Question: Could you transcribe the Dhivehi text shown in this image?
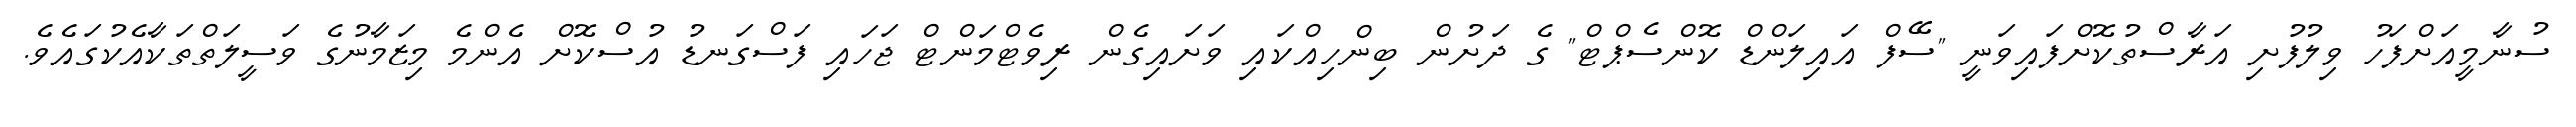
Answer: ސުނާމީއަށްފަހު ވިލުފުށި އަރާސްތުކޮށްފައިވަނީ "ސޭފް އައިލަންޑް ކޮންސެޕްޓް" ގެ ދަށުން ބިންހިއްކައި ވަށައިގެން ރިވެޓްމަންޓް ޖަހައި ފަސްގަނޑު އުސްކޮށް އެންމެ މިޒަމާނުގެ ވަސީލަތްތަކާއެކުގައެވެ.